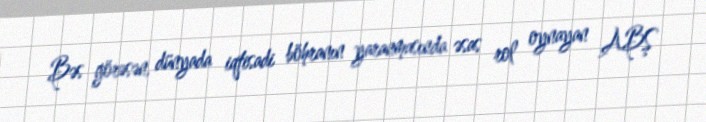
Bəs görəsən, dünyada iqtisadi böhranın yaranmasında əsas rol oynayan ABŞ